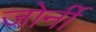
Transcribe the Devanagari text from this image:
जोर्नी